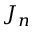
J _ { n }